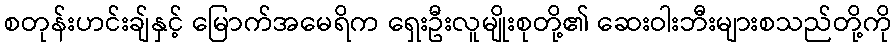
စတုန်းဟင်းချ်နှင့် မြောက်အမေရိက ရှေးဦးလူမျိုးစုတို့၏ ဆေးဝါးဘီးများစသည်တို့ကို